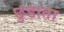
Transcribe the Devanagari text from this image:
छुडाता